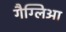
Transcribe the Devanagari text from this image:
गैग्लिआ